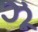
ઝૂ